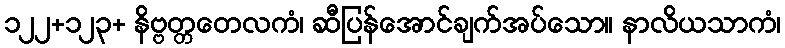
၁၂၂+၁၂၃+ နိဗ္ဗတ္တတေလကံ၊ ဆီပြန်အောင်ချက်အပ်သော။ နာလိယသာကံ၊